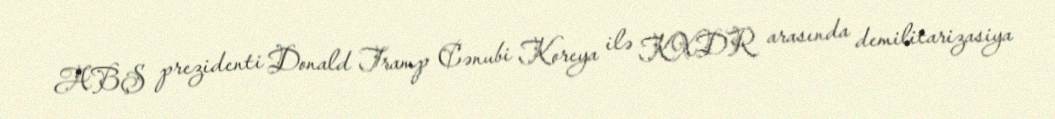
ABŞ prezidenti Donald Tramp Cənubi Koreya ilə KXDR arasında demilitarizasiya